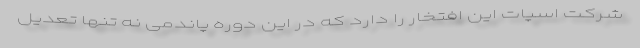
شرکت اسپات این افتخار را دارد که در این دوره پاندمی نه تنها تعدیل